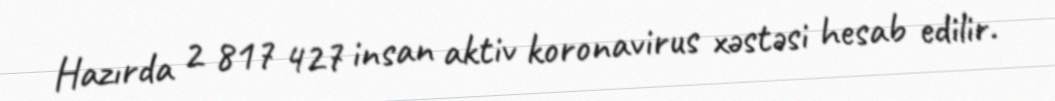
Hazırda 2 817 427 insan aktiv koronavirus xəstəsi hesab edilir.